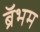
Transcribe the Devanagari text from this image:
ब्रॅभम